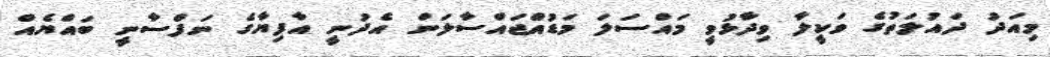
މިއަދު ދައުލަތުގެ ވަކީލާ ވިދާޅުވީ މައްސަލަ މަޑުއްޖައްސާލަން އެދުނީ އާފިޔާގެ ނަފްސާނީ ބައްޔެއް